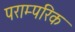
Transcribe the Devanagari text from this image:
पराम्परिक